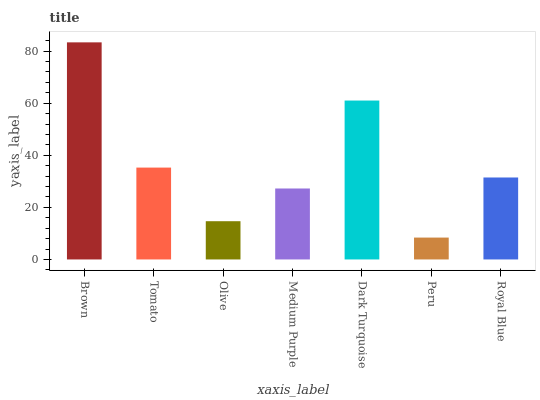
| xaxis_label | bars |
 | --- | --- |
 | Brown | 83.4 |
 | Tomato | 35.3 |
 | Olive | 14.7 |
 | Medium Purple | 27.3 |
 | Dark Turquoise | 61 |
 | Peru | 8.4 |
 | Royal Blue | 31.5 |